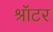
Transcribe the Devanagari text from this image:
श्रॉटर